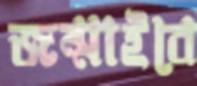
জন্মাইবে